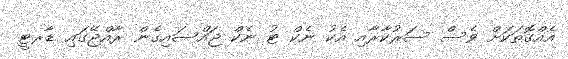
އެެއްގޮތަކަށް ވެސް ސަރުކާރާއި އެކު ނެކް ޓު ނެކް ޖައްސައިގެން ރާއްޖޭގައި ޑާރޓީ